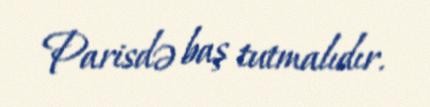
Parisdə baş tutmalıdır.